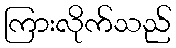
ကြားလိုက်သည်